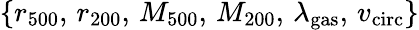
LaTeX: \{ r_{500},\, r_{200},\, M_{500},\, M_{200},\, \lambda_{\mathrm{gas}},\, v_{\mathrm{circ}}\}